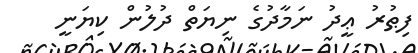
ފިޠުރު ޢީދު ނަމާދުގެ ނިޔަތް ދުލުން ކިޔަނީ